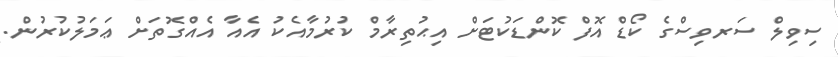
ސިވިލް ސަރވިސްގެ ކޯޑް އޮފް ކޮންޑަކުޓަށް އިޙުތިރާމް ކުރުމާއެކު އެއާ އެއްގޮތަށް ޢަމަލުކުރުން.